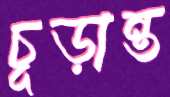
চূড়ান্ত